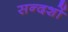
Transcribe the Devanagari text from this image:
सन्दशों